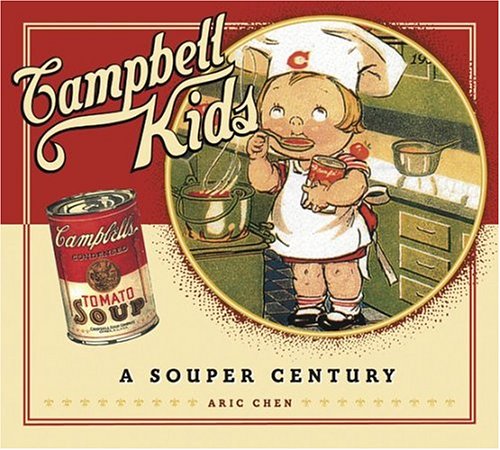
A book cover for Campbell Kids: A Souper Century; Aric Chen; Crafts, Hobbies & Home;